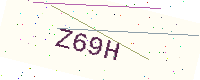
Text: Z69H